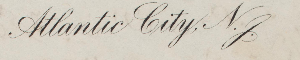
Atlantic City, N.J.